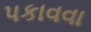
પકાવવા